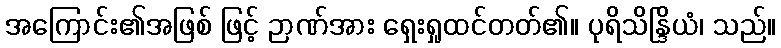
အကြောင်း၏အဖြစ် ဖြင့် ဉာဏ်အား ရှေးရှုထင်တတ်၏။ ပုရိသိန္ဒြိယံ၊ သည်။